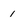
Character: 1